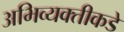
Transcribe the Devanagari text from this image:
अभिव्यक्तीकडे